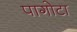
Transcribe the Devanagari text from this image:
पागोटा